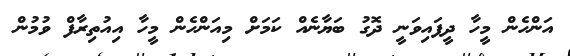
އަންހެން މީހާ ދީފައިވަނީ ދޮގު ބަޔާނެއް ކަމަށް މިއަންހެން މީހާ އިއުތިރާފް ވުމުން